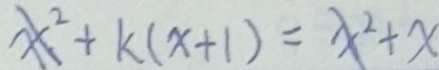
x ^ { 2 } + k ( x + 1 ) = x ^ { 2 } + x